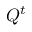
Q ^ { t }